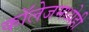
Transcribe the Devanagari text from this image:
कॉलेजमध्येही